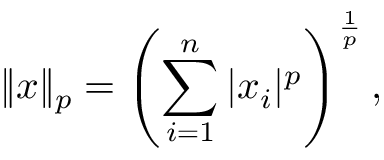
\| x \| _ { p } = \left( \sum _ { i = 1 } ^ { n } | x _ { i } | ^ { p } \right) ^ { \frac { 1 } { p } } ,